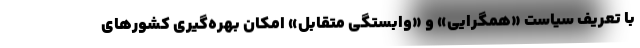
با تعریف سیاست «همگرایی» و «وابستگی متقابل» امکان بهره‌گیری کشورهای